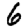
Digit: 6